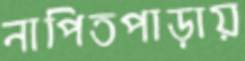
নাপিতপাড়ায়